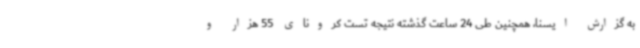
به گزارش ایسنا، همچنین طی 24 ساعت گذشته نتیجه تست کرونای 55 هزار و